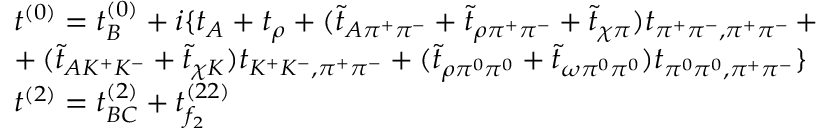
\begin{array} { l } { { t ^ { ( 0 ) } = t _ { B } ^ { ( 0 ) } + i \{ t _ { A } + t _ { \rho } + ( \tilde { t } _ { A \pi ^ { + } \pi ^ { - } } + \tilde { t } _ { \rho \pi ^ { + } \pi ^ { - } } + \tilde { t } _ { \chi \pi } ) t _ { \pi ^ { + } \pi ^ { - } , \pi ^ { + } \pi ^ { - } } \, + } } \\ { { + \, ( \tilde { t } _ { A K ^ { + } K ^ { - } } + \tilde { t } _ { \chi K } ) t _ { K ^ { + } K ^ { - } , \pi ^ { + } \pi ^ { - } } + ( \tilde { t } _ { \rho \pi ^ { 0 } \pi ^ { 0 } } + \tilde { t } _ { \omega \pi ^ { 0 } \pi ^ { 0 } } ) t _ { \pi ^ { 0 } \pi ^ { 0 } , \pi ^ { + } \pi ^ { - } } \} } } \\ { { t ^ { ( 2 ) } = t _ { B C } ^ { ( 2 ) } + t _ { f _ { 2 } } ^ { ( 2 2 ) } } } \end{array}